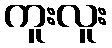
ကူးလူး